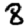
Digit: 8